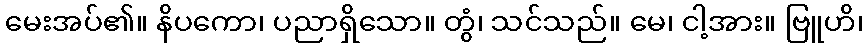
မေးအပ်၏။ နိပကော၊ ပညာရှိသော။ တွံ၊ သင်သည်။ မေ၊ ငါ့အား။ ဗြူဟိ၊